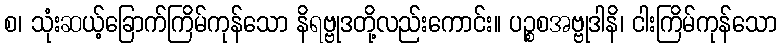
စ၊ သုံးဆယ့်ခြောက်ကြိမ်ကုန်သော နိရဗ္ဗုဒတို့လည်းကောင်း။ ပဉ္စစအဗ္ဗုဒါနိ၊ ငါးကြိမ်ကုန်သော